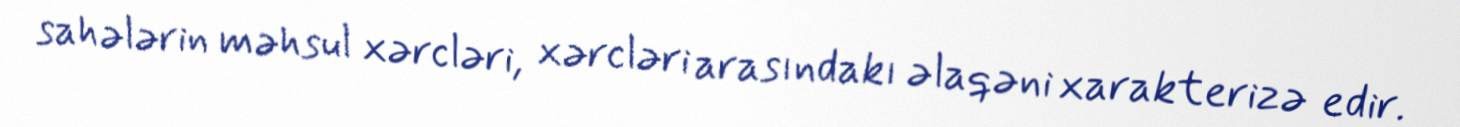
sahələrin məhsul xərcləri, xərcləri arasındakı əlaqəni xarakterizə edir.